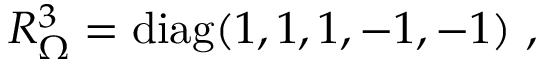
R _ { \Omega } ^ { 3 } = \mathrm { d i a g } ( 1 , 1 , 1 , - 1 , - 1 ) ~ , ~ \,